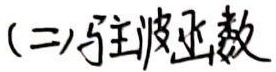
(二)驻波函数